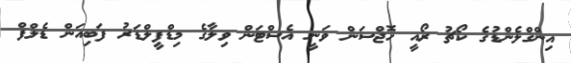
އިންގްލެންޑުގެ ކޯޗު ރޯއީ ހޮޖްސަން ވަނީ އެސްޓަން ވިލާގެ މިޑްފީލްޑަރު ފަބިއަން ޑެލްފް